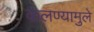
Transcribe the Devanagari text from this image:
कलण्यामुले